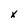
Character: x